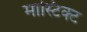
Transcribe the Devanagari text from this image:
मास्टिक्ट